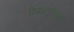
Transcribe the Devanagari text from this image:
शिक्षानुसंधान